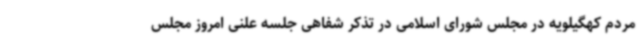
مردم کهگیلویه در مجلس شورای اسلامی در تذکر شفاهی جلسه علنی امروز مجلس